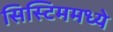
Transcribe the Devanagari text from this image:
सिस्टिममध्ये